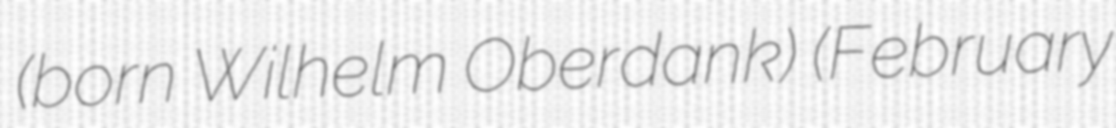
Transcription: (born Wilhelm Oberdank) (February